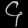
Digit: ၄